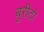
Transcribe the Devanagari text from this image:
बुरीटो